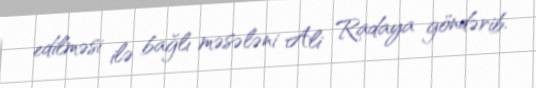
edilməsi ilə bağlı məsələni Ali Radaya göndərib.